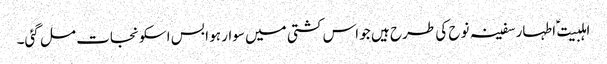
اہلبیت ؑ اطہار سفینہ نوح کی طرح ہیں جو اس کشتی میں سوار ہو ا بس اسکو نجات مل گئی۔